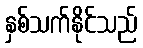
နှစ်သက်နိုင်သည်